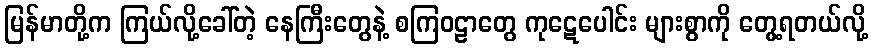
မြန်မာတို့က ကြယ်လို့ခေါ်တဲ့ နေကြီးတွေနဲ့ စကြဝဠာတွေ ကုဋေပေါင်း များစွာကို တွေ့ရတယ်လို့